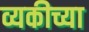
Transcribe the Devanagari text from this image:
व्यकीच्या